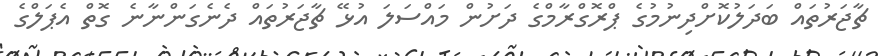
ޗާޖަރުތައް ބަދަލުކޮށްދިނުމުގެ ޕްރޮގްރާމްގެ ދަށުން މައްސަލަ އުޅޭ ޗާޖަރުތައް ދެނެގަންނާނެ ގޮތް އެޕަލްގެ